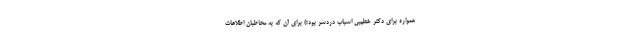
همواره برای دکتر خطیبی اسباب دردسر بود!) برای آن که به مخاطبان اطلاعات